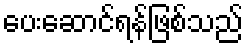
ပေးဆောင်ရန်ဖြစ်သည်